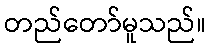
တည်တော်မူသည်။